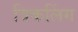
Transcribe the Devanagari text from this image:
त्रिकलिंग